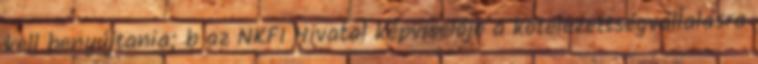
kell benyújtania; b az NKFI Hivatal képviselője a kötelezettségvállalásra